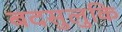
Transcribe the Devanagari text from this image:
बदसुलुकि